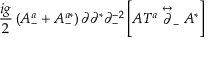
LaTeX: \frac { i g } { 2 } \left( { \cal A } _ { - } ^ { a } + { \cal A } _ { - } ^ { a * } \right) \partial \partial ^ { * } \partial _ { - } ^ { - 2 } \left[ A T ^ { a } \stackrel { \leftrightarrow } { \partial } _ { - } A ^ { * } \right]